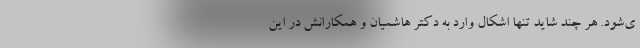
ی‌شود. هر چند شاید تنها اشکال وارد به دکتر هاشمیان و همکارانش در این